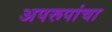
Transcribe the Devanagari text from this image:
अपरूपांचा